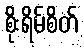
စိုးရိမ်စိတ်